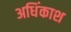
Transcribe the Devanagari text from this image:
अधिंकाश